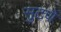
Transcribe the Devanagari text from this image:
सुटणें